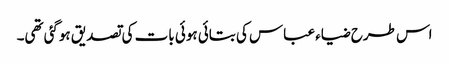
اس طرح ضیاء عباس کی بتائی ہوئی بات کی تصدیق ہوگئی تھی۔